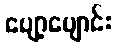
ပျော့ပျောင်း